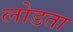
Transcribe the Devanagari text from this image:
लोडता